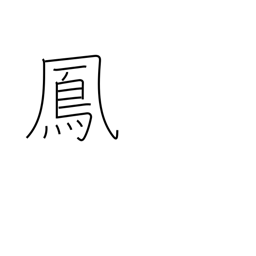
Meaning: male mythical bird